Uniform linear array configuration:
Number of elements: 4
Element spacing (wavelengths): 1
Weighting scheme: hamming
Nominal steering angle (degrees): -45
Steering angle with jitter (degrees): -45.391
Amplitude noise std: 0.05
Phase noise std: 0.05

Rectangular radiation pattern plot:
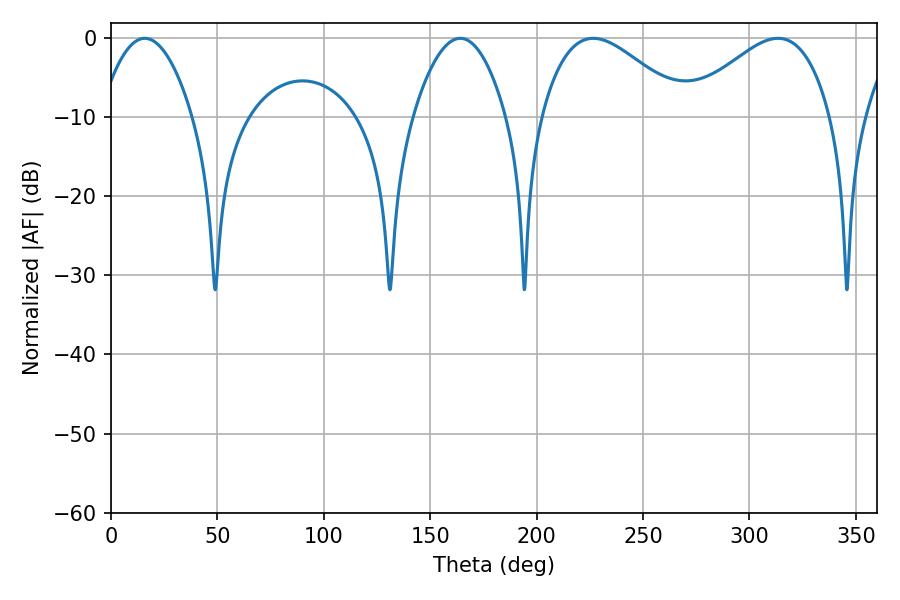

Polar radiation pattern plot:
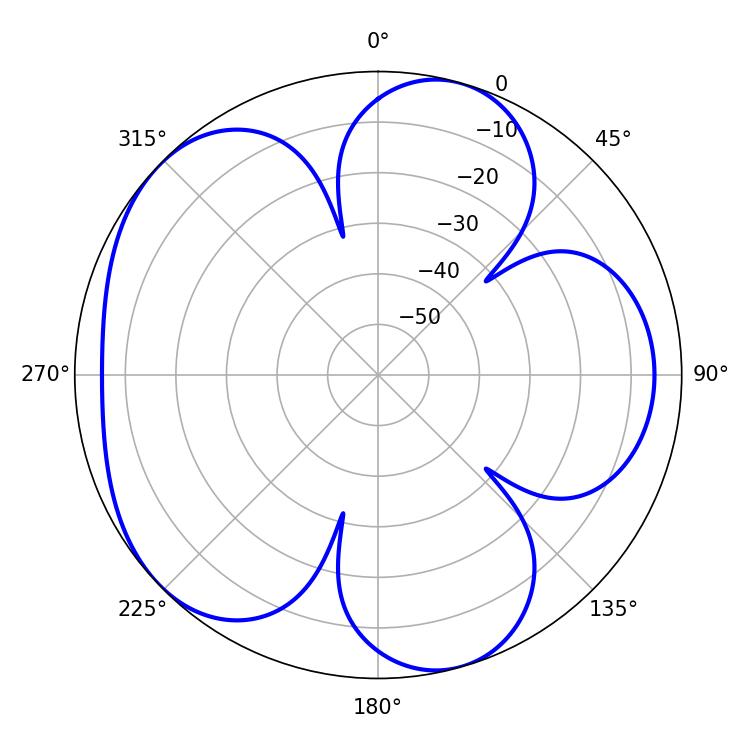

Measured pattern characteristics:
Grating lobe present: TRUE
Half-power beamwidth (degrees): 36.54
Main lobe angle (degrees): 226.62